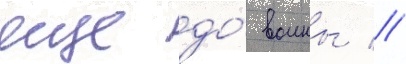
еще до́ воины //